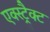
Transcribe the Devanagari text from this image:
एक्स्ट्रैक्ट